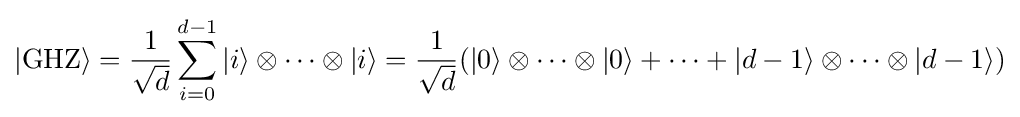
|\mathrm {GHZ} \rangle ={\frac {1}{\sqrt {d}}}\sum _{i=0}^{d-1}|i\rangle \otimes \cdots \otimes |i\rangle ={\frac {1}{\sqrt {d}}}(|0\rangle \otimes \cdots \otimes |0\rangle +\cdots +|d-1\rangle \otimes \cdots \otimes |d-1\rangle )